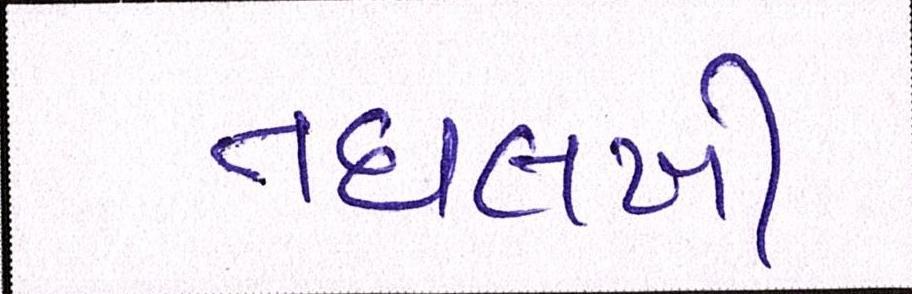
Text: તઘલખી